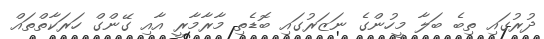
ދުރުގައި ތިބެ ބަލާ މީހުންގެ ނަޒަރުގައި ބޮޑެތި މާރާމާރީ އާއި ގޭންގް ހަރަކާތްތައް